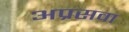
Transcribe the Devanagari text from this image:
अप्रसवा